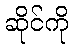
ဆိုင်ကို